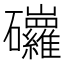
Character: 𥗿